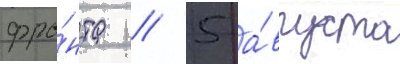
фро́нта // 5 а́вгуста